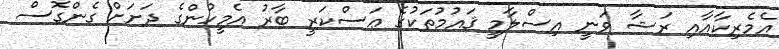
އެމެރިކާއާއި ރަޝާ ވަނީ އިސްލާމީ ޤައުމުތަކުގެ ޢަސްކަރީ ބާރު އެމީހުންގެ ދަށަށް ގެންގޮސް